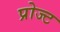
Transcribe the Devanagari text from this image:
प्रोज्ट